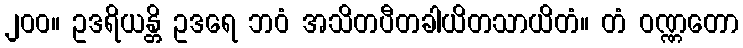
၂၀၀။ ဥဒရိယန္တိ ဥဒရေ ဘဝံ အသိတပီတခါယိတသာယိတံ။ တံ ဝဏ္ဏတော